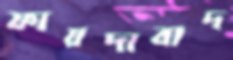
ফায়দাবাদ